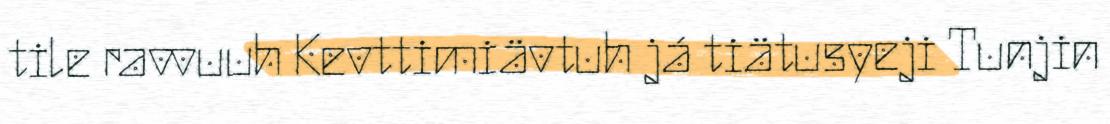
tile ravvuuh Kevttimiävtuh já tiätusyeji Tunjin